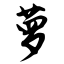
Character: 萝